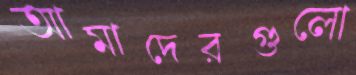
আমাদেরগুলো